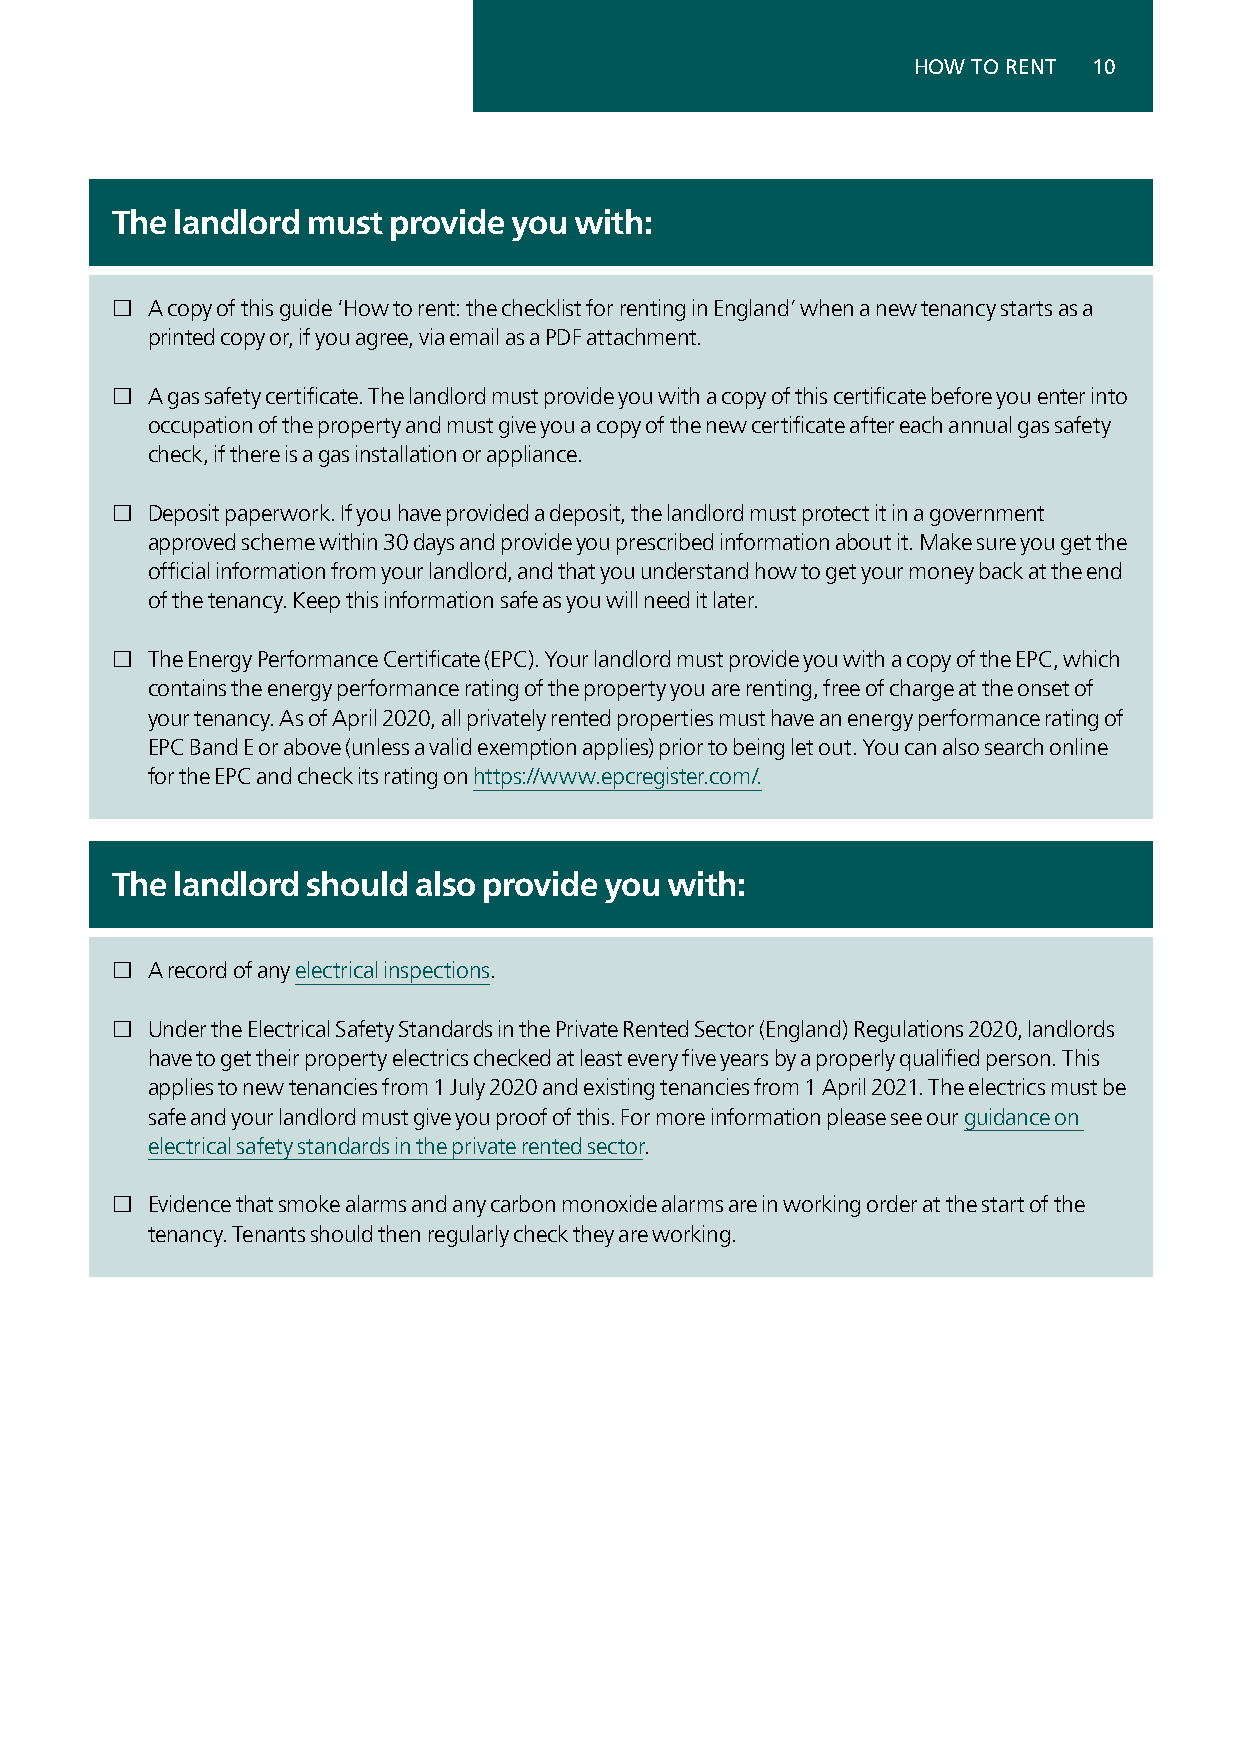
HOW TO RENT 10
 The  landlord must provide you with:
 £  A copy of this guide ‘How to rent: the checklist for renting in England’ when a new tenancy starts as a
 printed copy or, if you agree, via email as a PDF attachment.
 £  A gas safety certificate. The landlord must provide you with a copy of this certificate before you enter into
 occupation of the property and must give you a copy of the new certificate after each annual gas safety
 check, if there is a gas installation or appliance.
 £  Deposit paperwork. If you have provided a deposit, the landlord must protect it in a government
 approved scheme within 30 days and provide you prescribed information about it. Make sure you get the
 official information from your landlord, and that you understand how to get your money back at the end
 of the tenancy. Keep this information safe as you will need it later.
 £  The Energy Performance Certificate (EPC). Your landlord must provide you with a copy of the EPC, which
 contains the energy performance rating of the property you are renting, free of charge at the onset of
 your tenancy. As of April 2020, all privately rented properties must have an energy performance rating of
 EPC Band E or above (unless a valid exemption applies) prior to being let out. You can also search online
 for the EPC and check its rating on https://www.epcregister.com/.
 The  landlord should also provide you with:
 £  A record of any electrical inspections.
 £  Under the Electrical Safety Standards in the Private Rented Sector (England) Regulations 2020, landlords
 have to get their property electrics checked at least every five years by a properly qualified person. This
 applies to new tenancies from 1 July 2020 and existing tenancies from 1 April 2021. The electrics must be
 safe and your landlord must give you proof of this. For more information please see our guidance on
 electrical safety standards in the private rented sector.
 £  Evidence that smoke alarms and any carbon monoxide alarms are in working order at the start of the
 tenancy. Tenants should then regularly check they are working.